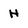
Character: H